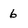
Character: 6